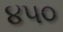
૪૫૦